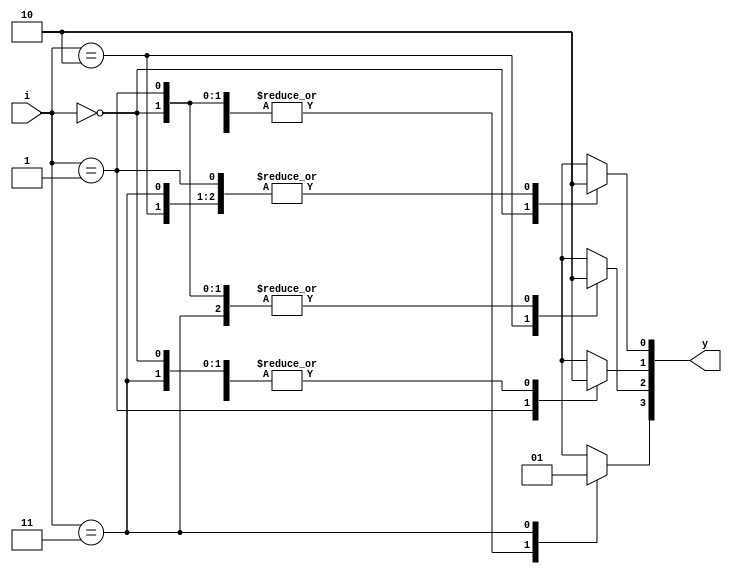
`timescale 1ns / 1ps

module decoder_2_4(
    input [1:0] i,
   	output reg[3:0] y);
	always@(i)
		begin
		y=0;
			case(i)	
					2'b00 : y[0] = 1'b1;
					2'b01 : y[1] = 1'b1;
					2'b10 : y[2] = 1'b1;
					2'b11 : y[3] = 1'b1;
			endcase
		end	
endmodule

module decoder_not(
    input a,
    output not_g 
    );
    wire [3:0]w;
    decoder_2_4 notgate({a,1'b0}, w);
    assign not_g= w[0];
endmodule